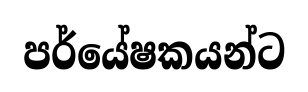
පර්යේෂකයන්ට